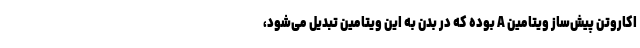
اکاروتن پیش‌ساز ویتامین A بوده که در بدن به این ویتامین تبدیل می‌شود،